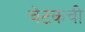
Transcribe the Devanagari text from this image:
चेटकची